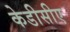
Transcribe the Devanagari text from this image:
केडीसीए